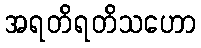
အရတိရတိသဟော